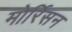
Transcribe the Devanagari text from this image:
मोर्रिसन